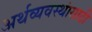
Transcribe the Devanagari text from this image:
अर्थव्यवस्थांसाठी